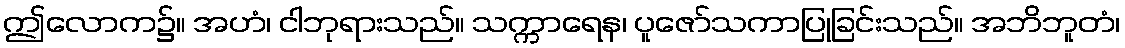
ဤလောက၌။ အဟံ၊ ငါဘုရားသည်။ သက္ကာရေန၊ ပူဇော်သကာပြုခြင်းသည်။ အဘိဘူတံ၊